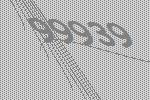
99939